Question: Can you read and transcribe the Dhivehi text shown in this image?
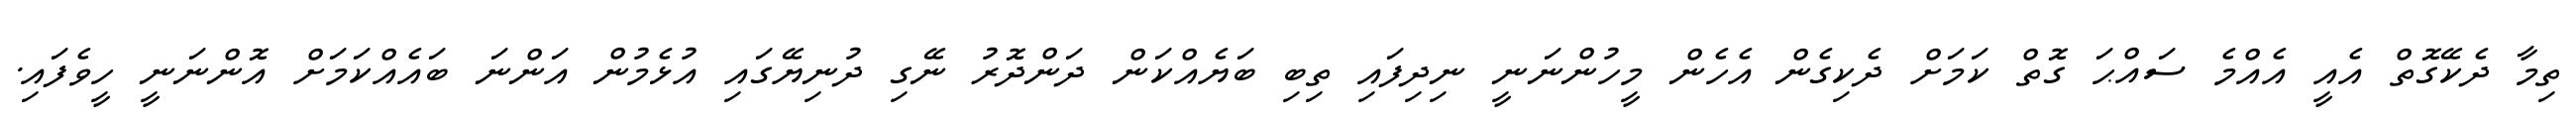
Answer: ތިމާ ދެކޭގޮތް އެއީ އެއްމެ ސައްޙަ ގޮތް ކަމަށް ދެކިގެން އެހެން މީހުންނަނީ ނިދިފައި ތިބި ބަޔެއްކަން ދަންދޮރު ނޭގި ދުނިޔޭގައި އުޅެމުން އަންނަ ބައެއްކަމަށް އޮންނަނީ ހީވެފައި.